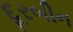
દૂરબીન